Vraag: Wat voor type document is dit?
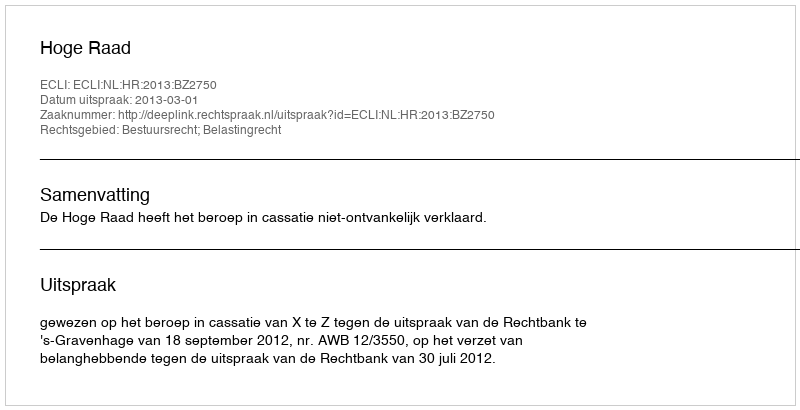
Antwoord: Uitspraak